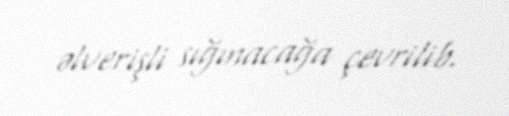
əlverişli sığınacağa çevrilib.